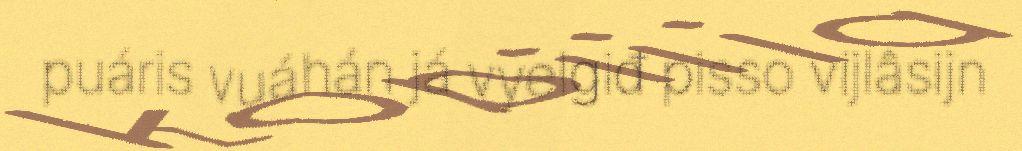
puáris vuáhán já vyelgiđ pisso vijlâsijn